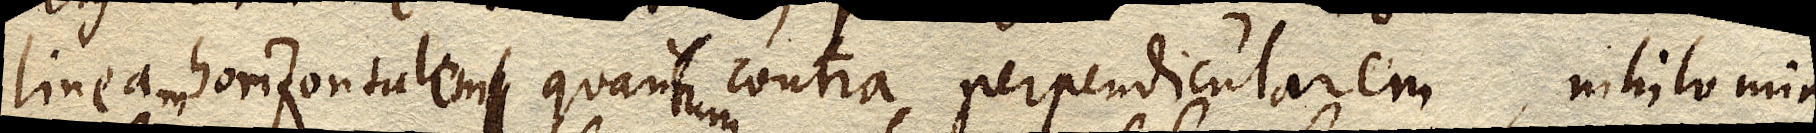
lineam horizontalem quantum contra perpendicularem, nihilominus